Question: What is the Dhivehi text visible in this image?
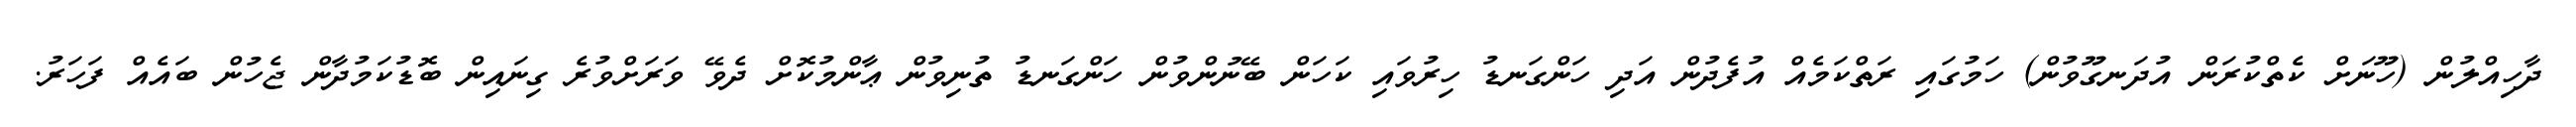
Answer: ދާހިއްލުން (ހޫނަށް ކެތްކުރަން އުދަނގޫވުން) ހަމުގައި ރަތްކަމެއް އުފެދުން އަދި ހަންގަނޑު ހިރުވައި ކަހަން ބޭނުންވުން ހަންގަނޑު ތުނިވުން ޢާންމުކޮށް ދެވޭ ވަރަށްވުރެ ގިނައިން ބޮޑުކަމުދާން ޖެހުން ބައެއް ފަހަރު.